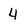
Character: 4